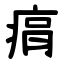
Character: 㾓